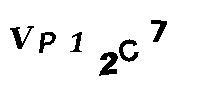
VP12C7